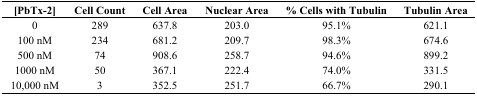
| [PbTx-2] | Cell Count | Cell Area | Nuclear Area | % Cells with Tubulin | Tubulin Area |
 | --- | --- | --- | --- | --- | --- |
 | 0 | 289 | 637.8 | 203.0 | 95.1% | 621.1 |
 | 100 nM | 234 | 681.2 | 209.7 | 98.3% | 674.6 |
 | 500 nM | 74 | 908.6 | 258.7 | 94.6% | 899.2 |
 | 1000 nM | 50 | 367.1 | 222.4 | 74.0% | 331.5 |
 | 10,000 nM | 3 | 352.5 | 251.7 | 66.7% | 290.1 |